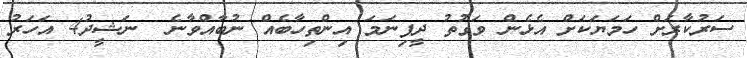
ސަރުކާރަށް ހަމަޔަކަށް އެޅެން ވަގުތު ދީފިނަމަ އިންތިހާބެއް ނުބާއްވާނެ  ނަޝީދު4 އަހަރު